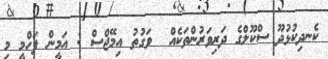
ކެނދިކުޅުދޫ ސްކޫލްގެ ދަރިވަރުންތަކެއް  ވަގުތު އިމޭޖްސް : އަމީން ފަހްމީ މި